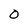
Character: 0